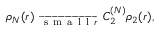
\begin{array} { r } { { \rho _ { N } ( r ) } _ { \large \ \overrightarrow { \mathrm { ~ s ~ m ~ a ~ l ~ l ~ } r } \ } C _ { 2 } ^ { ( N ) } \rho _ { 2 } ( r ) , } \end{array}